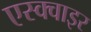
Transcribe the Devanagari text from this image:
एस्क्वाइर